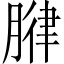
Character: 𫆧